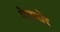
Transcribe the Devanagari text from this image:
पेरामोर